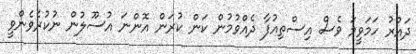
ދައުރު ހަމަވީމަ ވެސް އިސްތިއުފާ ދެއްވުމުން ކަން ކުރަން އޮންނަ އުސޫލުން ނުކުރެވެންވީ